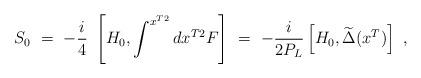
LaTeX: \begin{align*}S_0\ =\ -\frac{i}{4}\ \left [ H_0, \int^{x^{T2}} dx^{T2} F \right ]\ =\ -\frac{i}{2P_L} \left [ H_0, \widetilde \Delta (x^T) \right ]\ ,\end{align*}